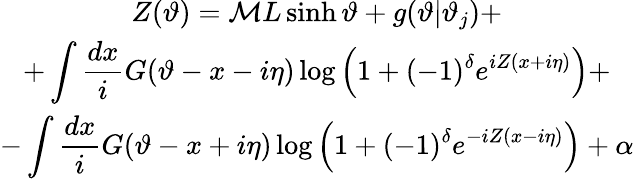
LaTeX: \begin{array}{c}{{\displaystyle Z(\vartheta)={\cal M}L\sinh\vartheta+g(\vartheta|\vartheta_{j})+}}\\ {{+\displaystyle\int\displaystyle\frac{dx}{i}G(\vartheta-x-i\eta)\log\left(1+(-1)^{\delta}e^{iZ(x+i\eta)}\right)+}}\\ {{-\displaystyle\int\displaystyle\frac{dx}{i}G(\vartheta-x+i\eta)\log\left(1+(-1)^{\delta}e^{-iZ(x-i\eta)}\right)+\alpha}}\end{array}